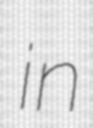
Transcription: in